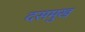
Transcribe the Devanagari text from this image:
दसमुख